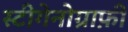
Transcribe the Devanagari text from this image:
स्टीगेनोग्राफ़ी